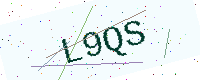
Text: L9QS